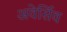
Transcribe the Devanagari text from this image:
अवेर्सिव